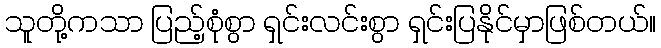
သူတို့ကသာ ပြည့်စုံစွာ ရှင်းလင်းစွာ ရှင်းပြနိုင်မှာဖြစ်တယ်။